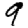
Digit: 9